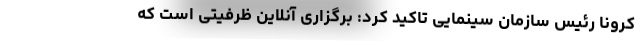
کرونا رئیس سازمان سینمایی تاکید کرد: برگزاری آنلاین ظرفیتی است که